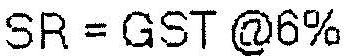
SR = GST @6%